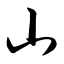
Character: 山